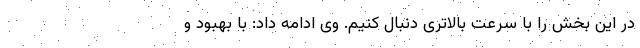
در این بخش را با سرعت بالاتری دنبال کنیم. وی ادامه داد: با بهبود و